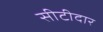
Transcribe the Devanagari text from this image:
सीटीदार